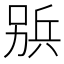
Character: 𠔦